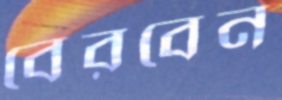
বেরবেন